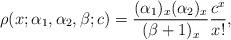
LaTeX: \begin{align*}\rho( x;\alpha_{1},\alpha_{2},\beta;c) =\frac{( \alpha_{1})_{x}( \alpha_{2})_{x}}{(\beta+1)_{x}}\frac{c^{x}}{x!}, \end{align*}